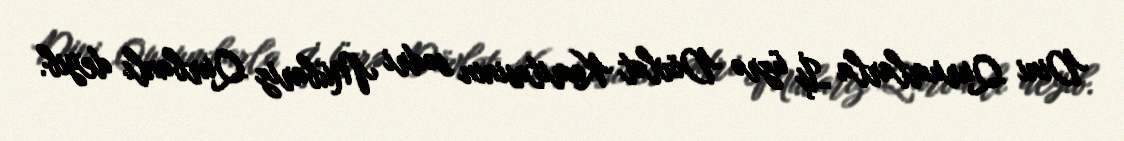
Dini Qurumlarla İş üzrə Dövlət Komitəsinin sədri Mübariz Qurbanlı deyib.